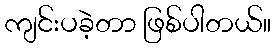
ကျင်းပခဲ့တာ ဖြစ်ပါတယ်။